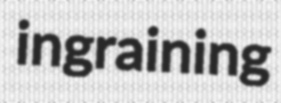
ingraining